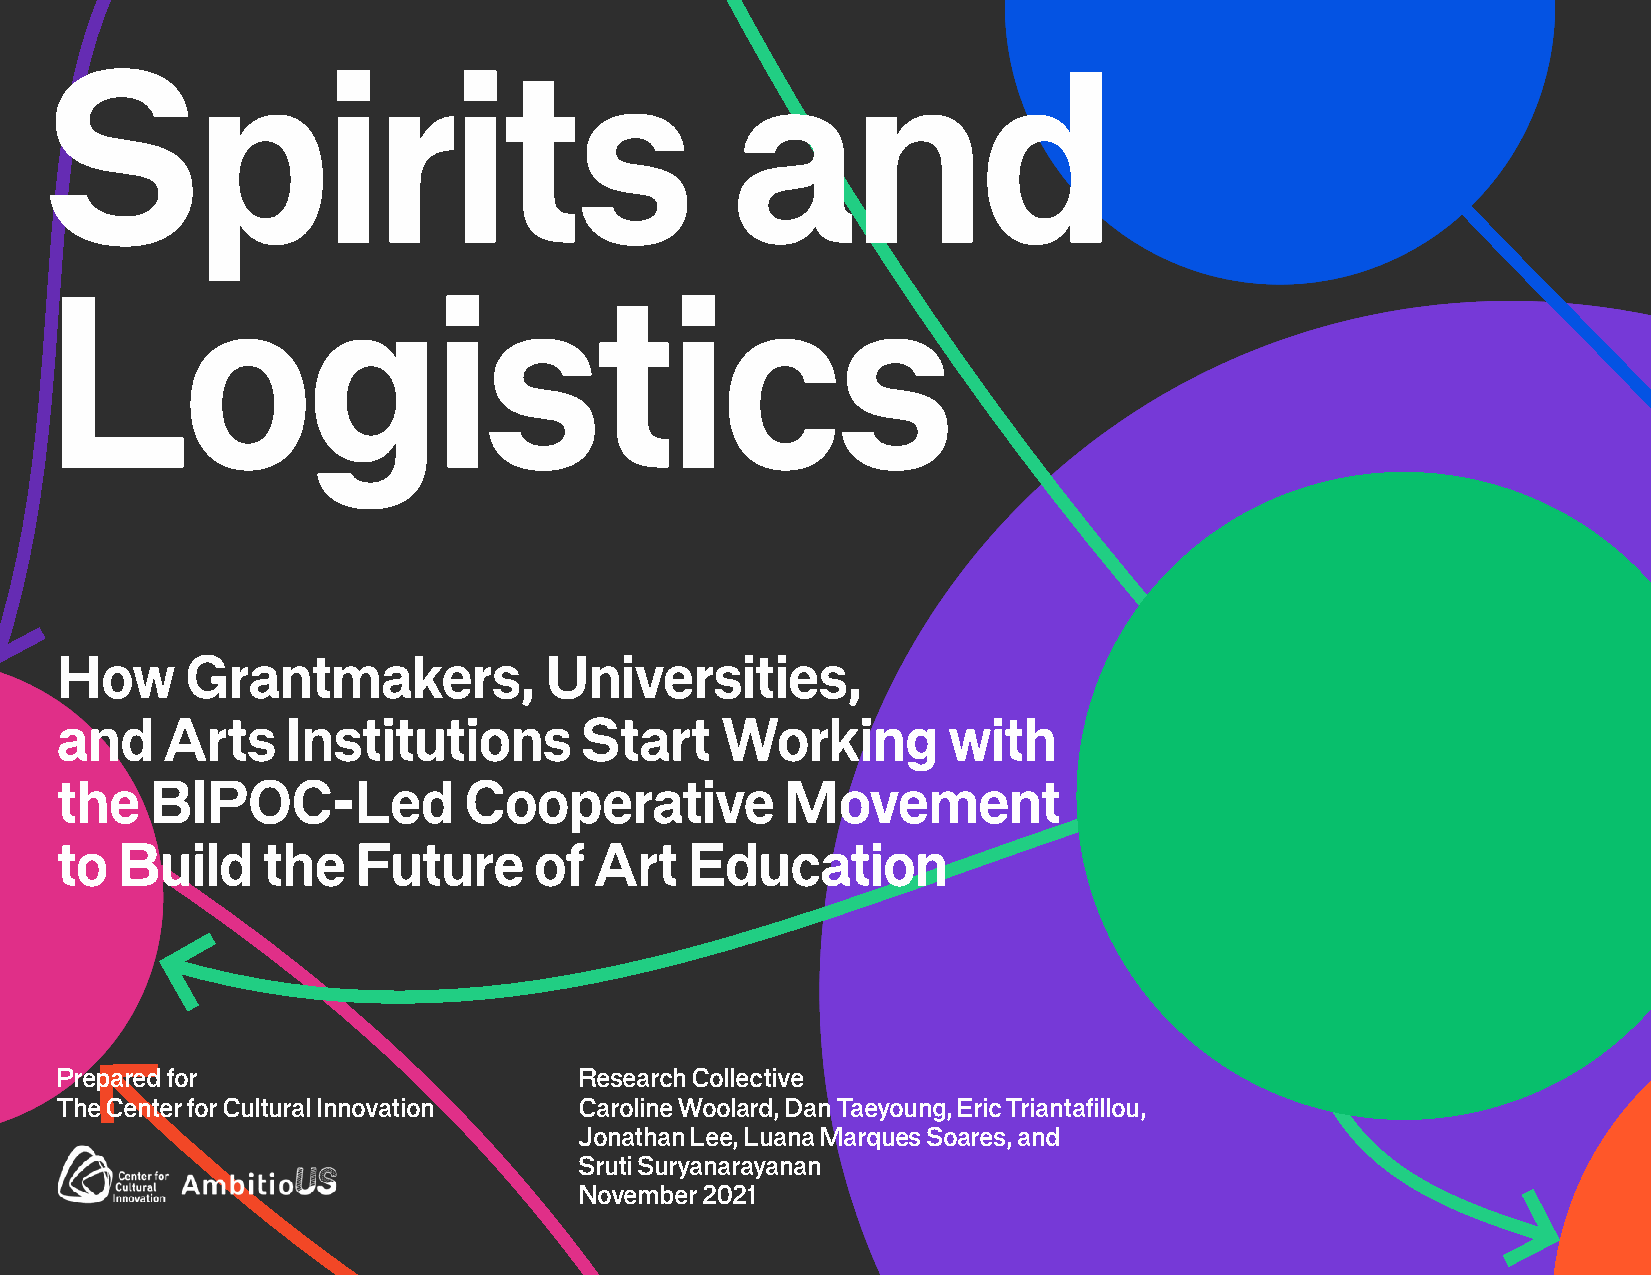
Spirits                                      and
 Logistics
 How     Grantmakers,            Universities,
 and    Arts    Institutions       Start     Working        with
 the   BIPOC-Led            Cooperative          Movement
 to  Build    the   Future      of  Art   Education
 Prepared for                      Research Collective
 The Center for Cultural Innovation Caroline Woolard, Dan Taeyoung, Eric Triantafillou,
 Jonathan Lee, Luana Marques Soares, and
 Sruti Suryanarayanan
 November 2021